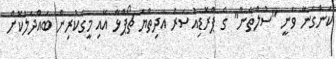
ކަންގަނާ ވަނީ "ސުލްތާން" ގެ ޕްރޮޑިއުސަރު އަދިތްޔަ ޗޯޕްޅާ އާއި މީގެކުރިން ބައްދަލުކޮށް